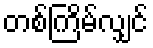
တစ်ကြိမ်လျှင်